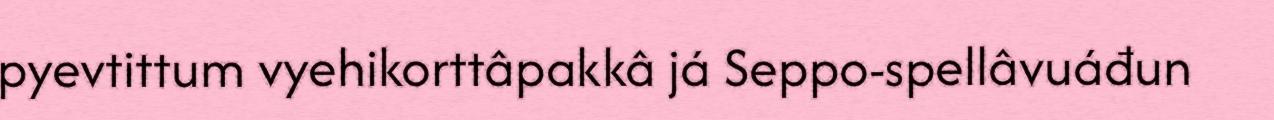
pyevtittum vyehikorttâpakkâ já Seppo-spellâvuáđun